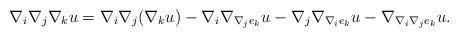
LaTeX: \begin{align*}\nabla_i\nabla_j\nabla_k u = \nabla_i\nabla_j (\nabla_k u) - \nabla_i\nabla_{\nabla_j e_k}u - \nabla_j\nabla_{\nabla_i e_k}u- \nabla_{\nabla_i\nabla_j e_k}u.\end{align*}